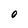
Character: O